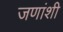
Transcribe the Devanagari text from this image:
जणांशी